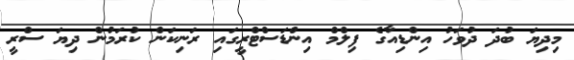
މިދިޔަ ބުދަ ދުވަހު އިންޑިއާގެ ފިލްމް އިންޑަސްޓްރީގައި ރަނިކަން ކުރަމުން ދިޔަ ސްރީ